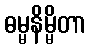
ဓမ္မနိမ္မိတာ